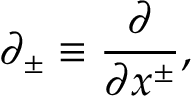
\partial _ { \pm } \equiv \frac { \partial } { \partial x ^ { \pm } } , \nonumber